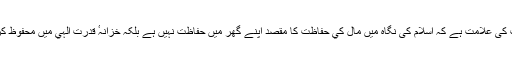
اور تمام قسم کى آمدنيوں کے سال کے تمام ہونے پر خمس کا واجب ہونا اس بات کى علامت ہے کہ اسلام کى نگاہ ميں مال کي حفاظت کا مقصد اپنے گھر ميں حفاظت نہيں ہے بلکہ خزانہٴ قدرت الہي ميں محفوظ کردينا ہے جہاں کسى قسم کا خطرہ نہيں رہ جاتا ہے اور مال برابر بڑھتا رہتا ہے۔